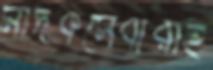
মাদকসেবীরাই